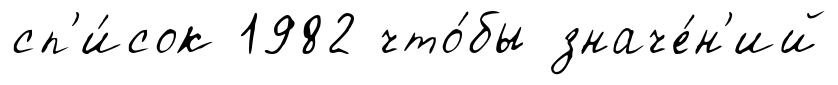
сп'и́сок 1982 что́бы значе́н'ий